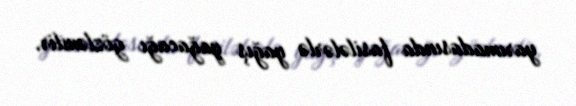
yarımadasında fasilələrlə yağış yağacağı gözlənilir.